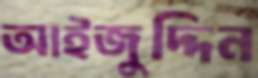
আইজুদ্দিন